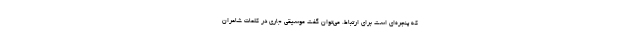
که پنجره‌ای است برای ارتباط. می‌توان گفت موسیقی جاری در کلمات شاعران